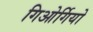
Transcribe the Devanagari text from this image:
गिओर्गियो